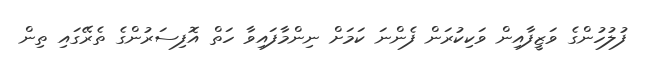
ފުލުހުންގެ ވަޒީފާއިން ވަކިކުރަން ފެންނަ ކަމަށް ނިންމާފައިވާ ހަތް އޮފިސަރުންގެ ތެރޭގައި ތިން